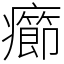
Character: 癤